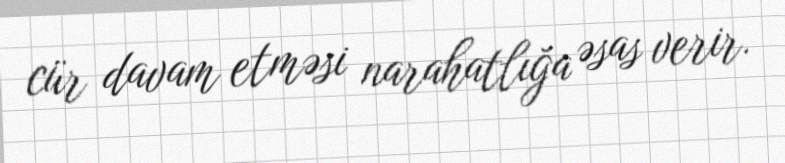
cür davam etməsi narahatlığa əsas verir.